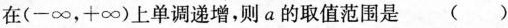
在(-∞，+∞)上单调递增，则a的取值范围是 ( )